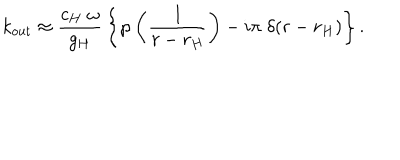
k _ { \mathrm { o u t } } \approx { \frac { c _ { H } \; \omega } { g _ { H } } } \left\{ \wp \left( { \frac { 1 } { r - r _ { H } } } \right) - i \pi \; \delta ( r - r _ { H } ) \right\} .